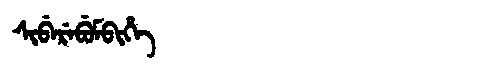
Manchu: ᠰᡳᠪᡝᡵᡝᠪᡠᠮᠪᡳᡥᡝ
Romanization: SIBEREBUMBIHE